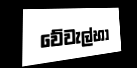
වේවැල්හා